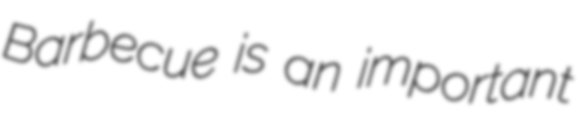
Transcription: Barbecue is an important